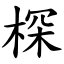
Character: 棎